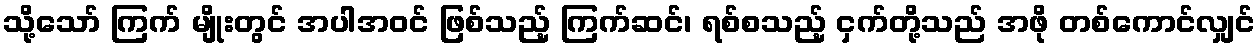
သို့သော် ကြက် မျိုးတွင် အပါအဝင် ဖြစ်သည့် ကြက်ဆင်၊ ရစ်စသည့် ငှက်တို့သည် အဖို တစ်ကောင်လျှင်